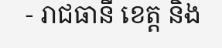
- រាជធានី ខេត្ត និង